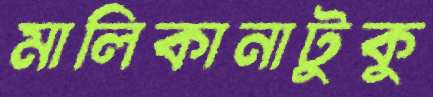
মালিকানাটুকু